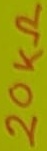
Text: 20KΩ